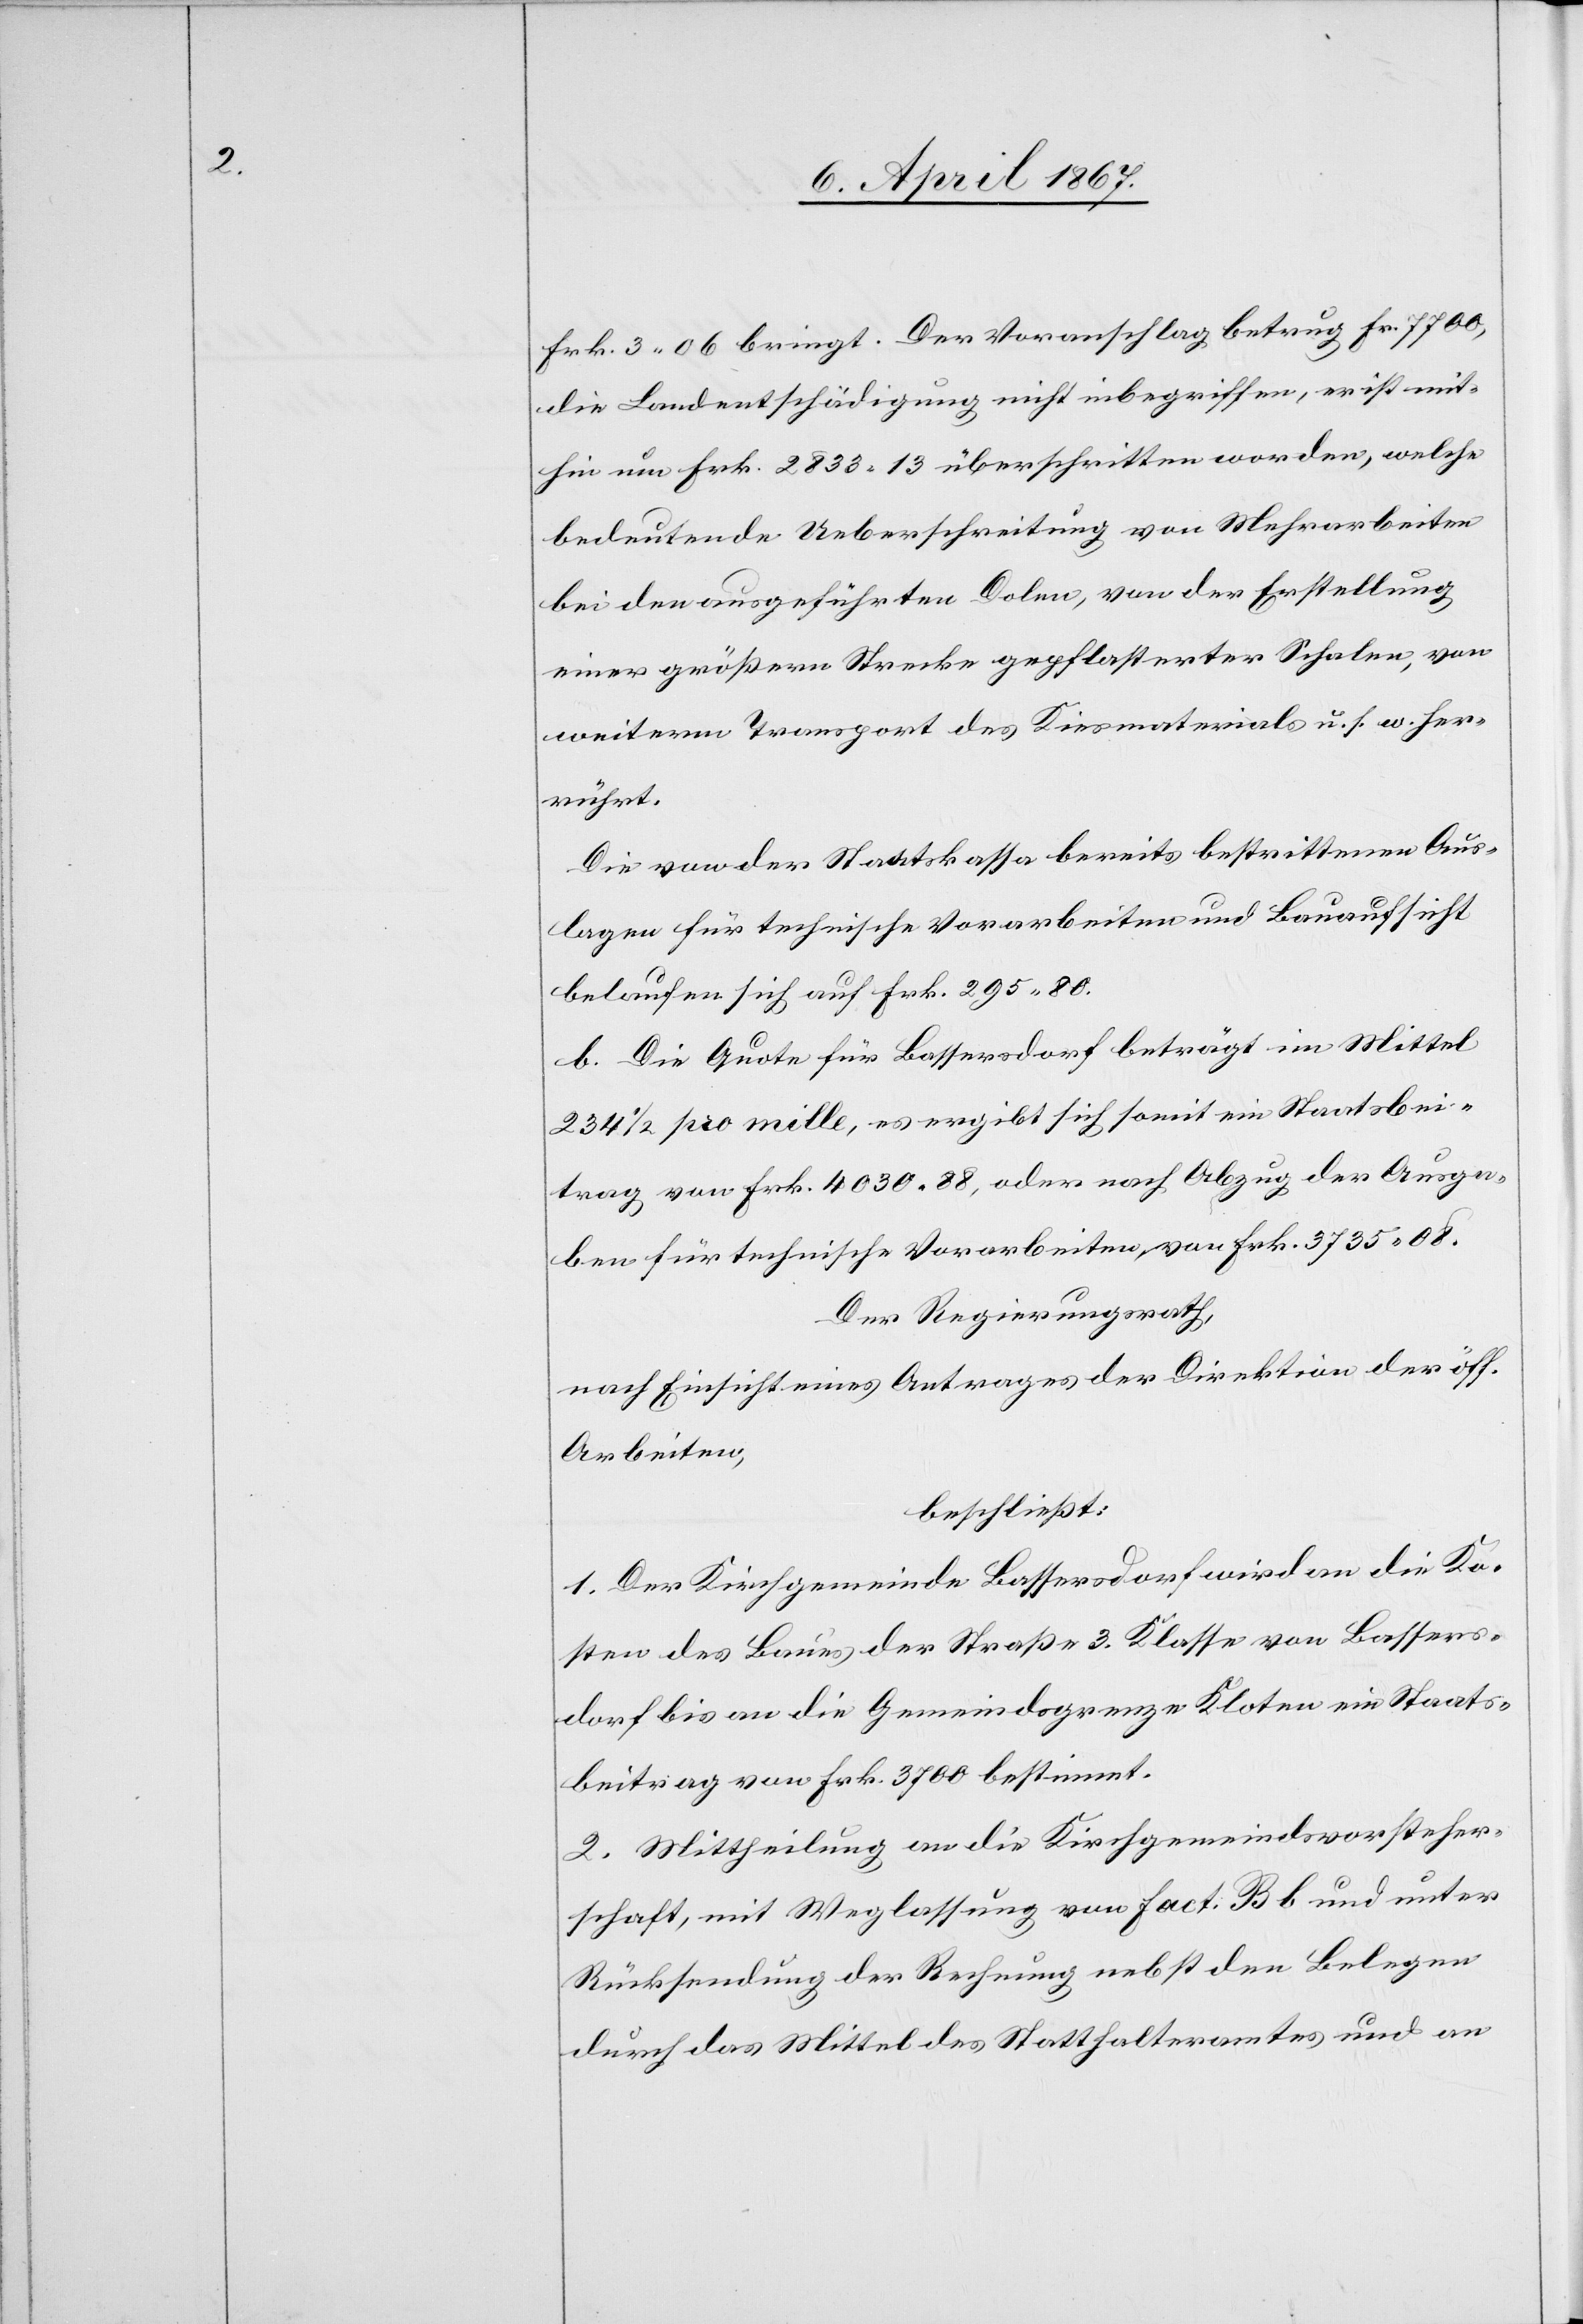
Frk. 3,06 bringt. Der Voranschlag betrug Fr. 7700,
die Landentschädigung nicht inbegriffen, er ist mit¬
hin um Frk. 2833.13 überschritten worden, welche
bedeutende Ueberschreitung von Mehrarbeiten
bei den ausgeführten Dolen, von der Erstellung
einer größern Strecke gepflasterter Scholen, von
weiterm Transport des Kiesmaterials u. s. w. her¬
rührt.
Die von der Staatskasse bereits bestrittenen Aus¬
lagen für technische Vorarbeiten und Bauaufsicht
belaufen sich auf Frk. 295,80.
b. Die Quote für Bassersdorf beträgt im Mittel
234 1/2 pro mille, es ergibt sich somit ein Staatsbei¬
trag von Frk. 4030,88, oder nach Abzug der Ausga¬
ben für technische Vorarbeiten von Frk. 3735,08.
Der Regierungsrath,
nach Einsicht eines Antrages der Direktion der öff.
Arbeiten,
beschließt:
1. Der Kirchgemeinde Bassersdorf wird an die Ko¬
sten des Baues der Straße 3. Klasse von Bassers¬
dorf bis an die Gemeindegrenze Kloten ein Staats¬
beitrag von Frk. 3700 bestimmt.
2. Mittheilung an die Kirchgemeindsvorsteher¬
schaft, mit Weglassung von fact. B b und unter
Rücksendung der Rechnung nebst den Belegen
durch das Mittel des Statthalteramtes und an